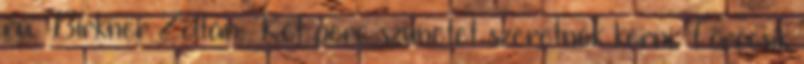
rá. Birkner Zoltán: Két perc szünetet szeretnék kérni. Törőcsik